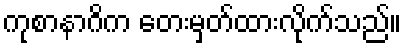
ကုစာနာဂိက တေးမှတ်ထားလိုက်သည်။